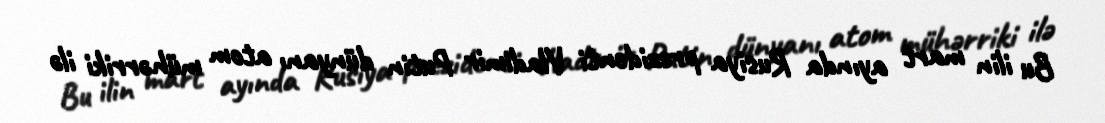
Bu ilin mart ayında Rusiya prezidenti Vladimir Putin dünyanı atom mühərriki ilə